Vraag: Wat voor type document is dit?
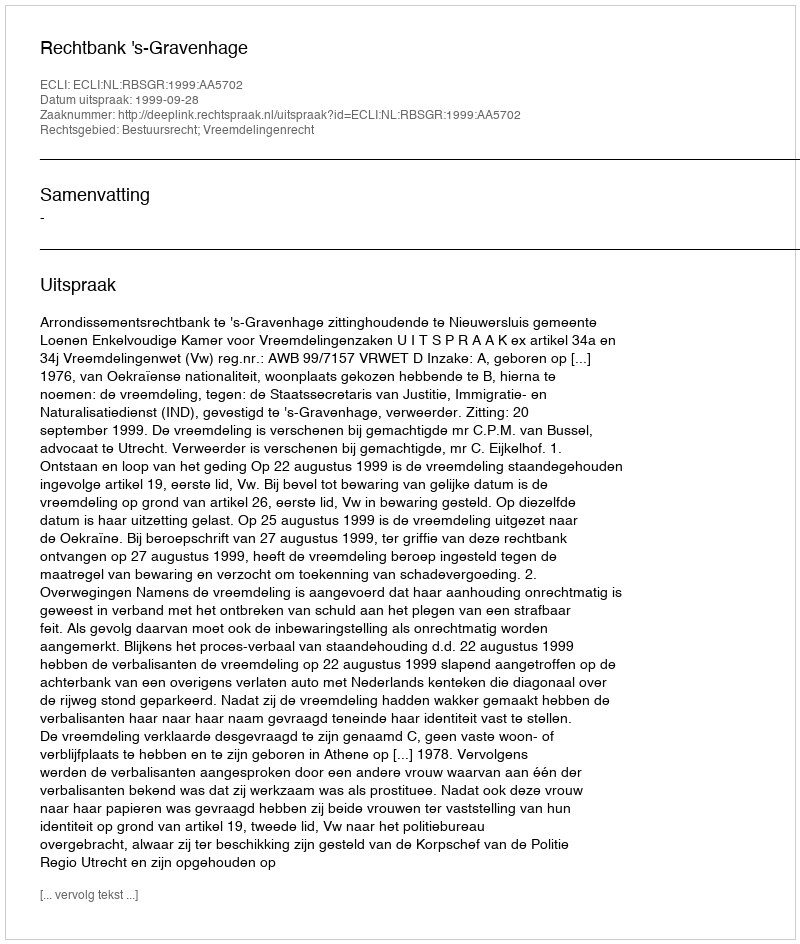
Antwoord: Uitspraak